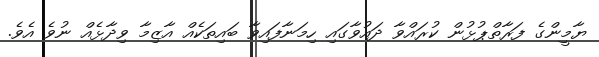
ޔާމީންގެ ފަރާތްޕުޅުން ކުރައްވާ ދައުވާގައި ހިމަނާފައިވާ ބައިތަކެއް އާޒިމާ ވިދާޅެއް ނުވެ އެވެ.